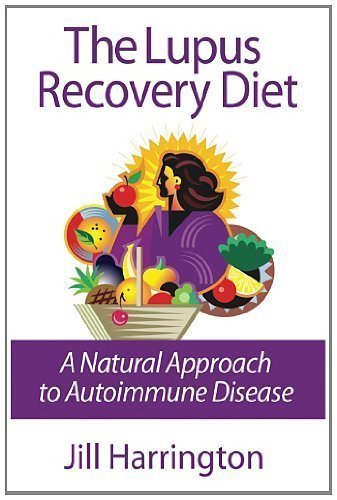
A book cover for The Lupus Recovery Diet: A Natural Approach to Autoimmune Disease by Harrington, Jill 2nd (second) Edition (1/1/2013); Jill Harrington; Health, Fitness & Dieting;